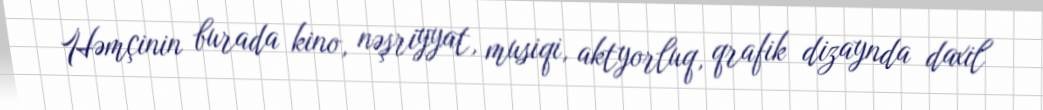
Həmçinin burada kino, nəşriyyat, musiqi, aktyorluq, qrafik dizaynda daxil